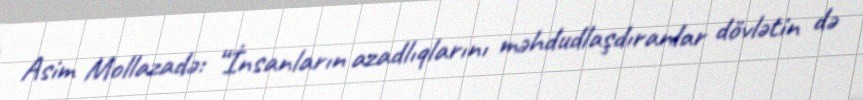
Asim Mollazadə: “İnsanların azadlıqlarını məhdudlaşdıranlar dövlətin də